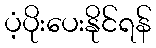
ပံ့ပိုးပေးနိုင်ရန်